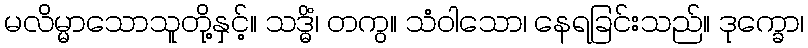
မလိမ္မာသောသူတို့နှင့်။ သဒ္ဓိံ၊ တကွ။ သံဝါသော၊ နေရခြင်းသည်။ ဒုက္ခော၊